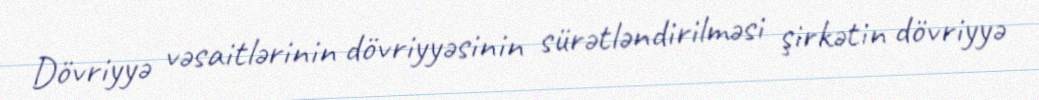
Dövriyyə vəsaitlərinin dövriyyəsinin sürətləndirilməsi şirkətin dövriyyə